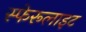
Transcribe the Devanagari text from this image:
स्फेरूलाइट